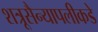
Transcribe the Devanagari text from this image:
शत्रूसैन्यापलीकडे